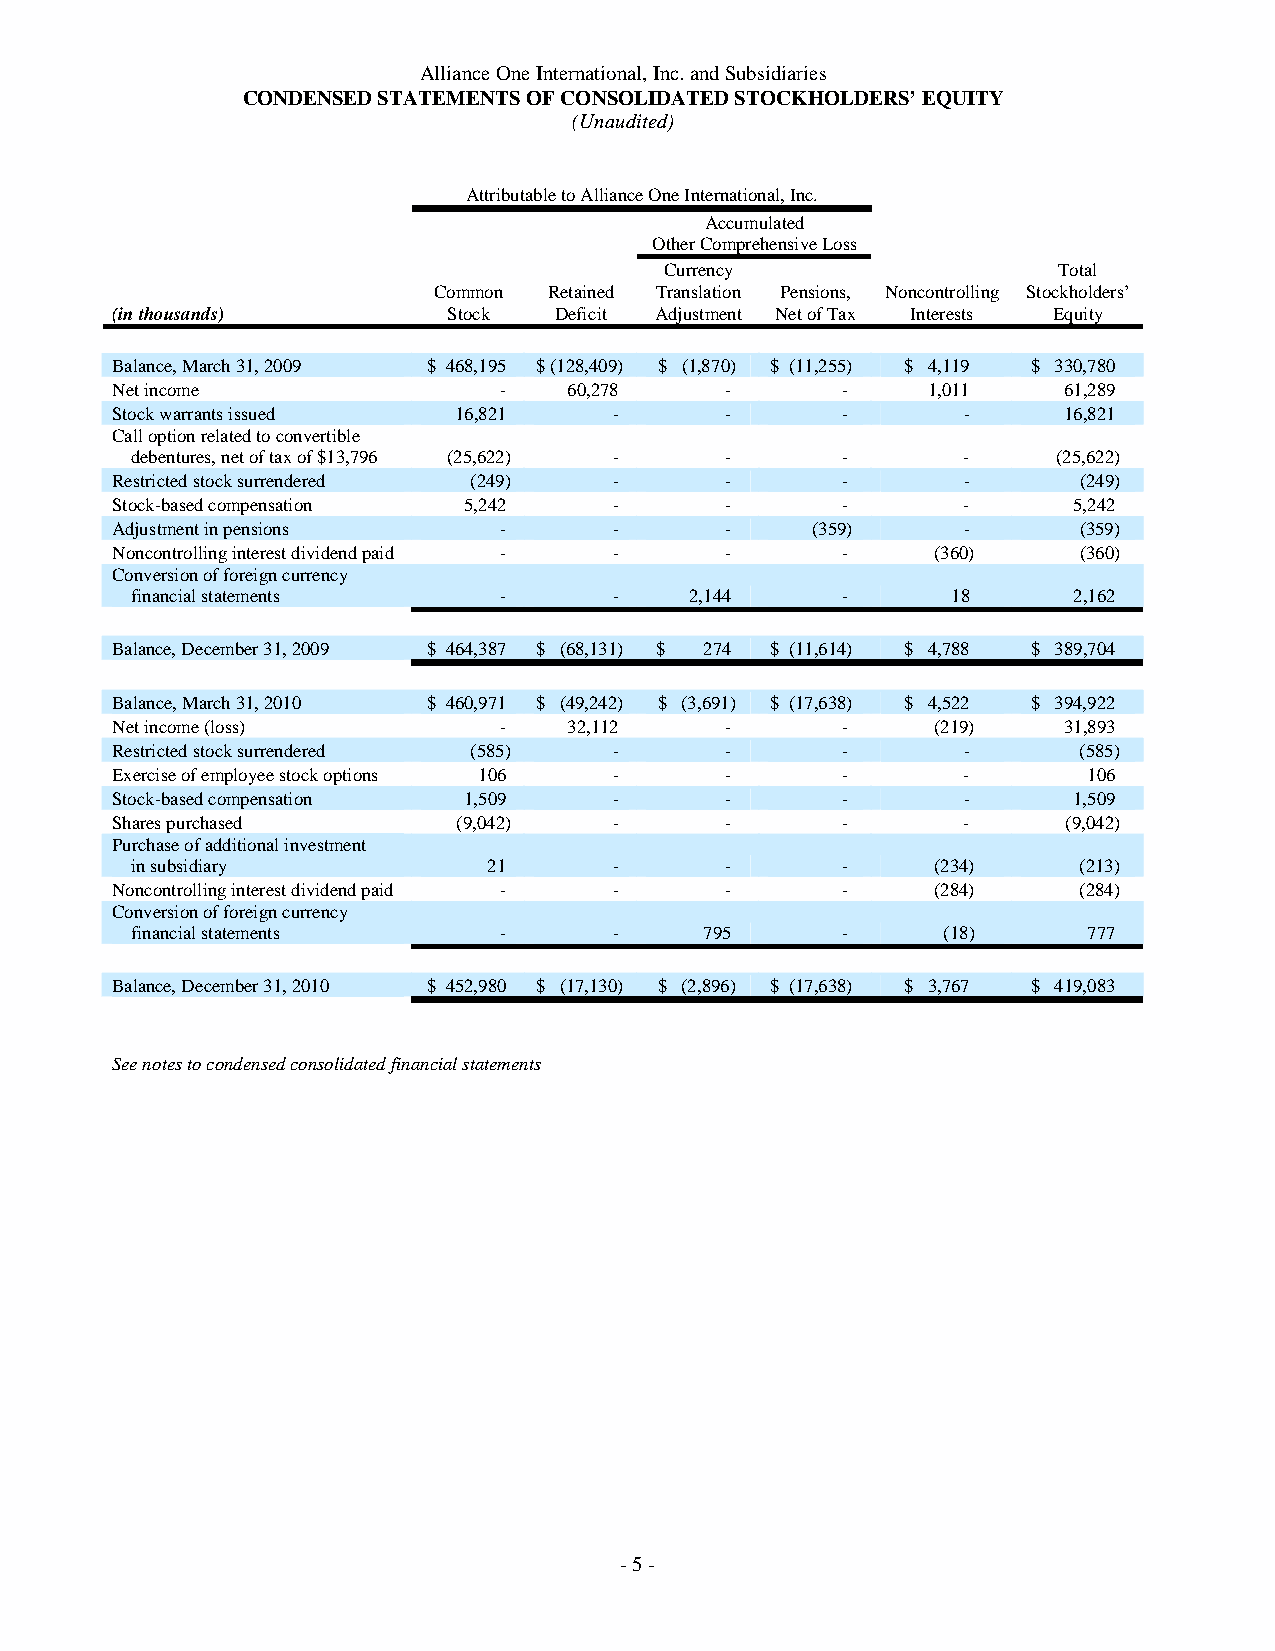
Alliance One International, Inc. and Subsidiaries
 CONDENSED STATEMENTS OF CONSOLIDATED STOCKHOLDERS’ EQUITY
 (Unaudited)
 Attributable to Alliance One International, Inc.
 Accumulated
 Other Comprehensive Loss
 Currency                  Total
 Common Retained Translation Pensions, Noncontrolling Stockholders’
 (in thousands)         Stock  Deficit Adjustment Net of Tax Interests Equity
 Balance, March 31, 2009 $ 468,195 $ (128,409) $ (1,870) $ (11,255) $ 4,119 $ 330,780
 Net income                -    60,278    -       -    1,011    61,289
 Stock warrants issued  16,821     -      -       -       -     16,821
 Call option related to convertible
 debentures, net of tax of $13,796 (25,622) - - -       -     (25,622)
 Restricted stock surrendered (249) -     -       -       -      (249)
 Stock-based compensation 5,242    -      -       -       -      5,242
 Adjustment in pensions    -       -      -     (359)     -      (359)
 Noncontrolling interest dividend paid - - -      -     (360)    (360)
 Conversion of foreign currency
 financial statements    -       -    2,144     -      18      2,162
 Balance, December 31, 2009 $ 464,387 $ (68,131) $ 274 $ (11,614) $ 4,788 $ 389,704
 Balance, March 31, 2010 $ 460,971 $ (49,242) $ (3,691) $ (17,638) $ 4,522 $ 394,922
 Net income (loss)         -    32,112    -       -     (219)   31,893
 Restricted stock surrendered (585) -     -       -       -      (585)
 Exercise of employee stock options 106 - -       -       -       106
 Stock-based compensation 1,509    -      -       -       -      1,509
 Shares purchased       (9,042)    -      -       -       -      (9,042)
 Purchase of additional investment
 in subsidiary          21       -      -       -     (234)    (213)
 Noncontrolling interest dividend paid - - -      -     (284)    (284)
 Conversion of foreign currency
 financial statements    -       -     795      -     (18)      777
 Balance, December 31, 2010 $ 452,980 $ (17,130) $ (2,896) $ (17,638) $ 3,767 $ 419,083
 See notes to condensed consolidated financial statements
 - 5 -